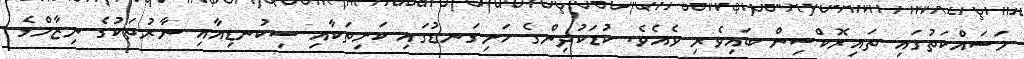
މަސައްކަތުގައި ތައިރޮކްސިން ބައިވެރި ވެއެވެ. ކުޑަކުދިންގެ ހަށިގަނޑުގައި ކަށިތަކާއި ސިކުނޑިއާއި ނާރުތަކުގެ ނިޒާމްގެ